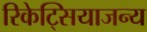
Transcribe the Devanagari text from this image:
रिकेट्सियाजन्य